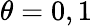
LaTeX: \theta=0,1